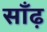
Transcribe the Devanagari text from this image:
साँढ़